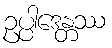
ဥပ္ပါဒေန္တဿ